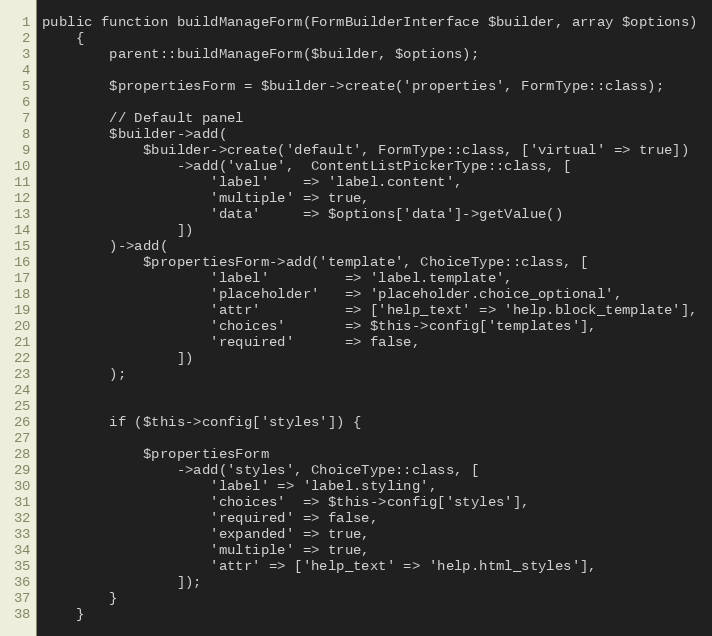
Language: PHP
public function buildManageForm(FormBuilderInterface $builder, array $options)
    {
        parent::buildManageForm($builder, $options);

        $propertiesForm = $builder->create('properties', FormType::class);

        // Default panel
        $builder->add(
            $builder->create('default', FormType::class, ['virtual' => true])
                ->add('value',  ContentListPickerType::class, [
                    'label'    => 'label.content',
                    'multiple' => true,
                    'data'     => $options['data']->getValue()
                ])
        )->add(
            $propertiesForm->add('template', ChoiceType::class, [
                    'label'         => 'label.template',
                    'placeholder'   => 'placeholder.choice_optional',
                    'attr'          => ['help_text' => 'help.block_template'],
                    'choices'       => $this->config['templates'],
                    'required'      => false,
                ])
        );

        if ($this->config['styles']) {

            $propertiesForm
                ->add('styles', ChoiceType::class, [
                    'label' => 'label.styling',
                    'choices'  => $this->config['styles'],
                    'required' => false,
                    'expanded' => true,
                    'multiple' => true,
                    'attr' => ['help_text' => 'help.html_styles'],
                ]);
        }
    }